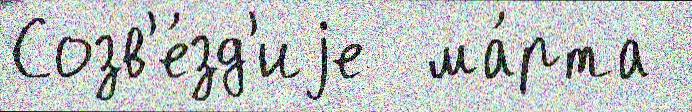
Созв'е́зд'иjе  ма́рта